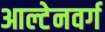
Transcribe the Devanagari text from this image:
आल्टेनवर्ग